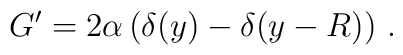
G'=    2\alpha \left(\delta(y) -\delta(y-R) \right)\,.